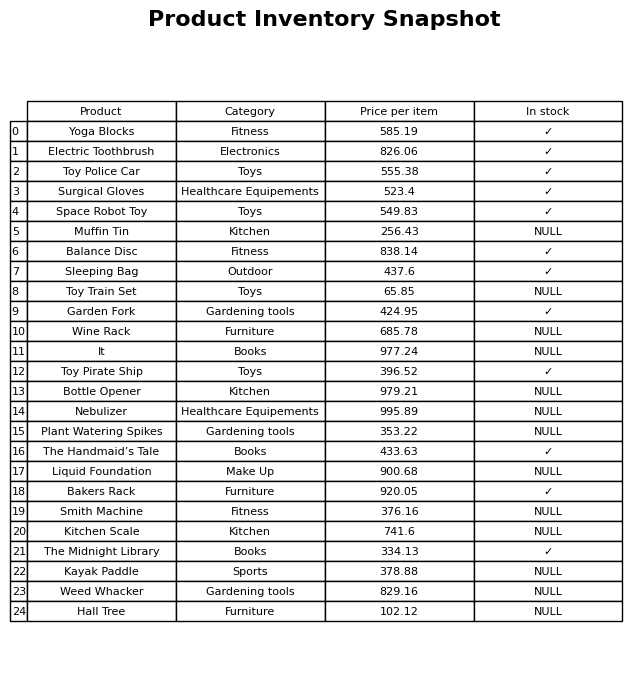
question: What is the stock status of the Plant Watering Spikes?
answer: NULL